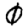
Digit: 0